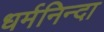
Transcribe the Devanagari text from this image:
धर्मनिन्दा